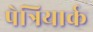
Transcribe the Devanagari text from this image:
पेत्रियार्क